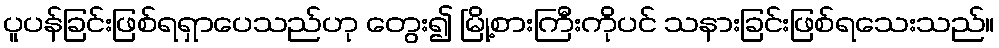
ပူပန်ခြင်းဖြစ်ရရှာပေသည်ဟု တွေး၍ မြို့စားကြီးကိုပင် သနားခြင်းဖြစ်ရသေးသည်။